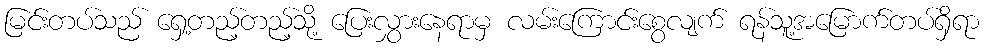
မြင်းတပ်သည် ရှေ့တည့်တည့်သို့ ပြေးလွှားနေရာမှ လမ်းကြောင်းစွေလျက် ရန်သူ့အမြောက်တပ်ရှိရာ